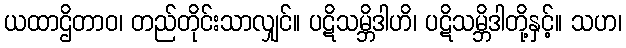
ယထာဌိတာဝ၊ တည်တိုင်းသာလျှင်။ ပဋိသမ္ဘိဒါဟိ၊ ပဋိသမ္ဘိဒါတို့နှင့်။ သဟ၊